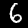
Digit: 6